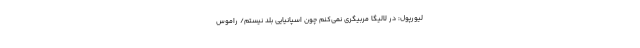
لیورپول: در لالیگا مربیگری نمی‌کنم چون اسپانیایی بلد نیستم/ راموس